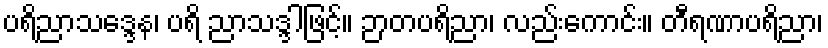
ပရိညာသဒ္ဒေန၊ ပရိ ညာသဒ္ဒါဖြင့်။ ဉာတပရိညာ၊ လည်းကောင်း။ တီရဏာပရိညာ၊